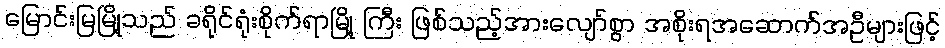
မြောင်းမြမြို့သည် ခရိုင်ရုံးစိုက်ရာမြို့ ကြီး ဖြစ်သည့်အားလျော်စွာ အစိုးရအဆောက်အဦများဖြင့်